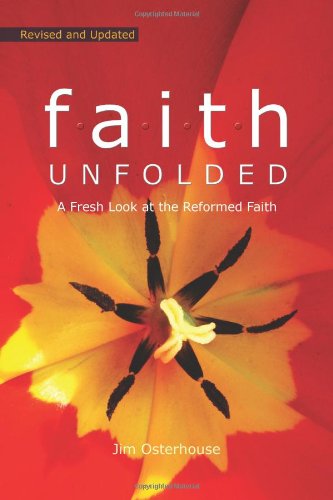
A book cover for F.A.I.T.H. Unfolded: A Fresh Look at the Reformed Faith; Jim Osterhouse; Christian Books & Bibles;